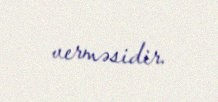
verməsidir.